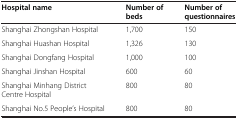
<table><thead><tr><td><b>Hospital name</b></td><td><b>Number of beds</b></td><td><b>Number of questionnaires</b></td></tr></thead><tbody><tr><td>Shanghai Zhongshan Hospital</td><td>1,700</td><td>150</td></tr><tr><td>Shanghai Huashan Hospital</td><td>1,326</td><td>130</td></tr><tr><td>Shanghai Dongfang Hospital</td><td>1,000</td><td>100</td></tr><tr><td>Shanghai Jinshan Hospital</td><td>600</td><td>60</td></tr><tr><td>Shanghai Minhang District Centre Hospital</td><td>800</td><td>80</td></tr><tr><td>Shanghai No.5 People’s Hospital</td><td>800</td><td>80</td></tr></tbody></table>